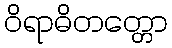
ဝိရာဓိတတ္တော